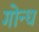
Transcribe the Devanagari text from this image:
गोन्ध